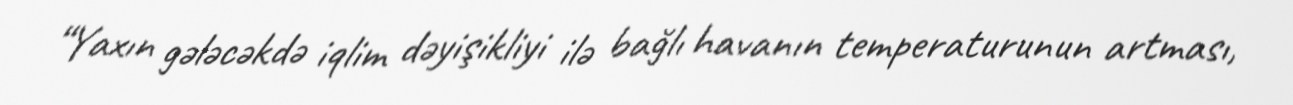
“Yaxın gələcəkdə iqlim dəyişikliyi ilə bağlı havanın temperaturunun artması,